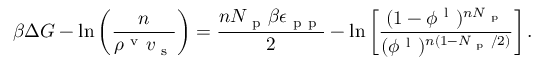
\beta \Delta G - \ln \left( \frac { n } { \rho ^ { \mathrm { ~ v ~ } } v _ { \mathrm { ~ s ~ } } } \right) = \frac { n N _ { \mathrm { ~ p ~ } } \beta \epsilon _ { \mathrm { ~ p ~ p ~ } } } { 2 } - \ln \left[ \frac { ( 1 - \phi ^ { \mathrm { ~ l ~ } } ) ^ { n N _ { \mathrm { ~ p ~ } } } } { ( \phi ^ { \mathrm { ~ l ~ } } ) ^ { n ( 1 - N _ { \mathrm { ~ p ~ } } / 2 ) } } \right] .